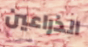
الذراعين